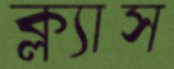
ক্ল্যাস